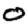
Digit: 0